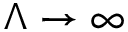
\Lambda \to \infty